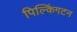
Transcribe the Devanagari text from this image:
पिल्किंगटन